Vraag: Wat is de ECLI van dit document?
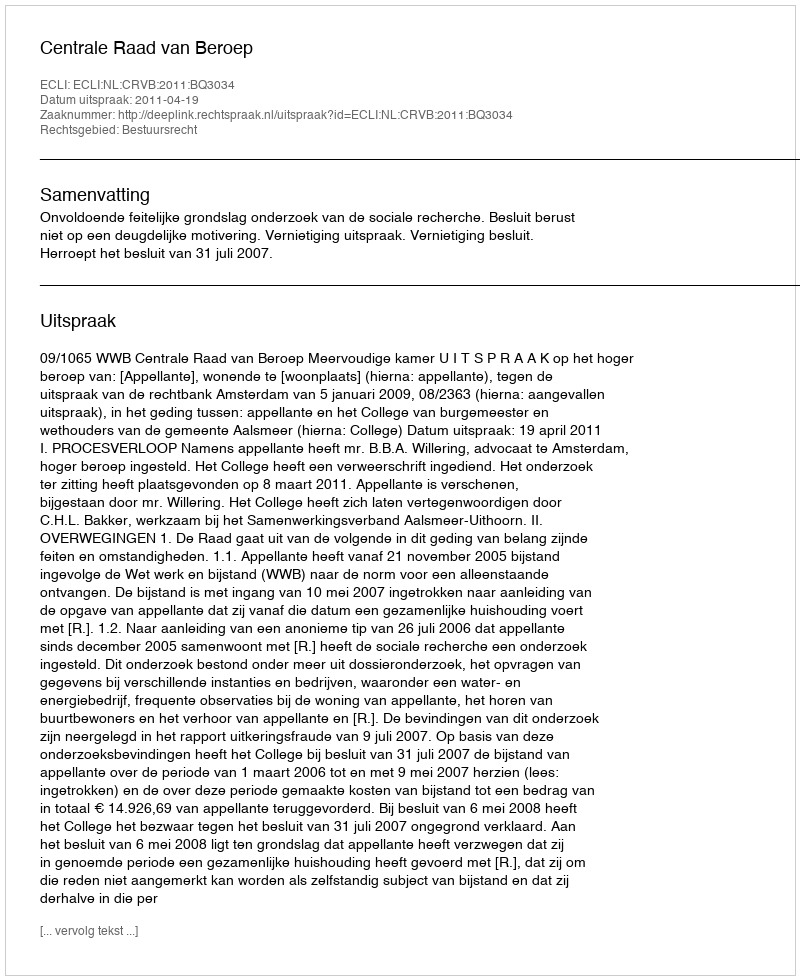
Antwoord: ECLI:NL:CRVB:2011:BQ3034